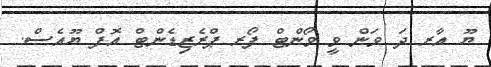
ޔޫ އާރ ދަ ވަން ވީ ވޯންޓް ފޯރ ޕްރެޒިޑެންޓް އޮފް ޔޫއެސް.